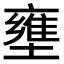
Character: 壅